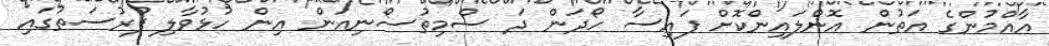
އާއްމުންގެ އަތުން އޮންލައިންކޮށް ފައިސާ ހޯދަން ދަ ސްމިތުސޯނިއަން އިން ހުޅުވާލި ފުރުސަތުގައި